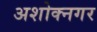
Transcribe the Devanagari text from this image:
अशोक्नगर